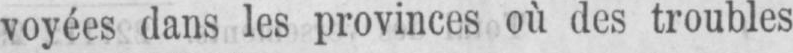
voyées dans les provinces où des troubles